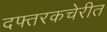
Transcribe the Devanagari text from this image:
दफ्तरकचेरीत